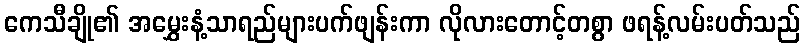
ကေသီချို၏ အမွှေးနံ့သာရည်များပက်ဖျန်းကာ လိုလားတောင့်တစွာ ဖရန့်လမ်းပတ်သည်